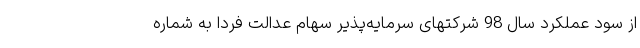
از سود عملکرد سال 98 شرکتهای سرمایه‌پذیر سهام عدالت فردا به شماره